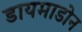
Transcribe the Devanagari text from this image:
डायमाडोन